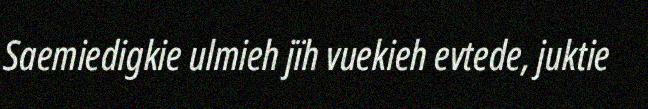
Saemiedigkie ulmieh jïh vuekieh evtede, juktie